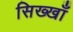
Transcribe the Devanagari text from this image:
सिख्खाँ